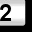
Digit: 2